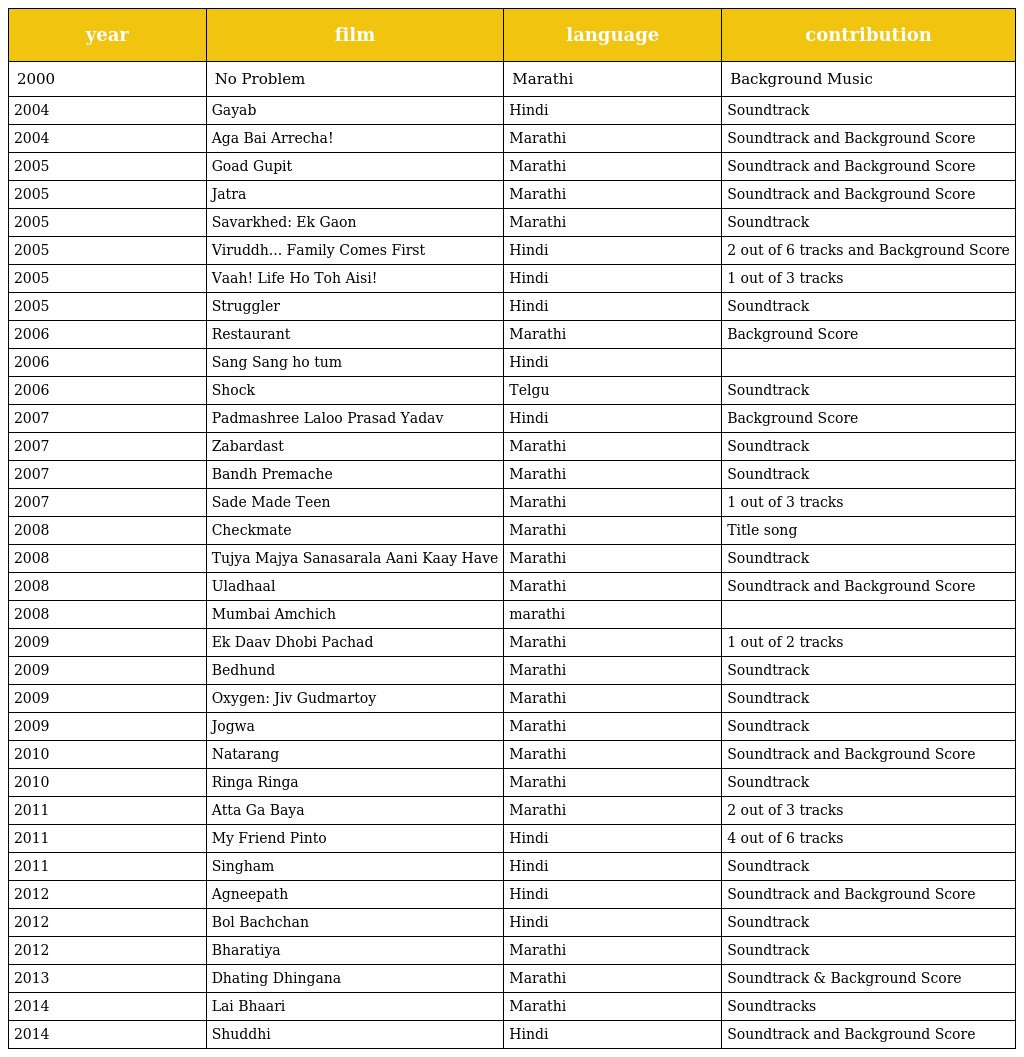
| year | film | language | contribution |
 | --- | --- | --- | --- |
 | 2000 | No Problem | Marathi | Background Music |
 | 2004 | Gayab | Hindi | Soundtrack |
 | 2004 | Aga Bai Arrecha! | Marathi | Soundtrack and Background Score |
 | 2005 | Goad Gupit | Marathi | Soundtrack and Background Score |
 | 2005 | Jatra | Marathi | Soundtrack and Background Score |
 | 2005 | Savarkhed: Ek Gaon | Marathi | Soundtrack |
 | 2005 | Viruddh... Family Comes First | Hindi | 2 out of 6 tracks and Background Score |
 | 2005 | Vaah! Life Ho Toh Aisi! | Hindi | 1 out of 3 tracks |
 | 2005 | Struggler | Hindi | Soundtrack |
 | 2006 | Restaurant | Marathi | Background Score |
 | 2006 | Sang Sang ho tum | Hindi |  |
 | 2006 | Shock | Telgu | Soundtrack |
 | 2007 | Padmashree Laloo Prasad Yadav | Hindi | Background Score |
 | 2007 | Zabardast | Marathi | Soundtrack |
 | 2007 | Bandh Premache | Marathi | Soundtrack |
 | 2007 | Sade Made Teen | Marathi | 1 out of 3 tracks |
 | 2008 | Checkmate | Marathi | Title song |
 | 2008 | Tujya Majya Sanasarala Aani Kaay Have | Marathi | Soundtrack |
 | 2008 | Uladhaal | Marathi | Soundtrack and Background Score |
 | 2008 | Mumbai Amchich | marathi |  |
 | 2009 | Ek Daav Dhobi Pachad | Marathi | 1 out of 2 tracks |
 | 2009 | Bedhund | Marathi | Soundtrack |
 | 2009 | Oxygen: Jiv Gudmartoy | Marathi | Soundtrack |
 | 2009 | Jogwa | Marathi | Soundtrack |
 | 2010 | Natarang | Marathi | Soundtrack and Background Score |
 | 2010 | Ringa Ringa | Marathi | Soundtrack |
 | 2011 | Atta Ga Baya | Marathi | 2 out of 3 tracks |
 | 2011 | My Friend Pinto | Hindi | 4 out of 6 tracks |
 | 2011 | Singham | Hindi | Soundtrack |
 | 2012 | Agneepath | Hindi | Soundtrack and Background Score |
 | 2012 | Bol Bachchan | Hindi | Soundtrack |
 | 2012 | Bharatiya | Marathi | Soundtrack |
 | 2013 | Dhating Dhingana | Marathi | Soundtrack & Background Score |
 | 2014 | Lai Bhaari | Marathi | Soundtracks |
 | 2014 | Shuddhi | Hindi | Soundtrack and Background Score |